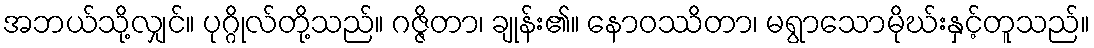
အဘယ်သို့လျှင်။ ပုဂ္ဂိုလ်တို့သည်။ ဂဇ္ဇိတာ၊ ချုန်း၏။ နောဝဿိတာ၊ မရွာသောမိုဃ်းနှင့်တူသည်။